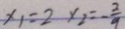
x _ { 1 } = 2 x _ { 2 } = - \frac { 2 } { 9 }